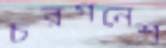
চরগনেশ